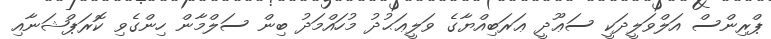
ޕްރިންސް އަލްވަލީދަކީ ސަޢޫދީ ޢަރަބިއްޔާގެ ވަލީޢަޙުދު މުހައްމަދު ބިން ސަލްމާން ހިންގެވި ކޮރަޕްޝަނާއި